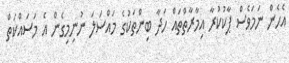
އެހެން ނަމަވެސް ޕާކުކުރާ އިމާރާތްތައް ހަދާ ބިންތަކުގެ މައްސަލަ ނުނިމިގެން އެ މަސައްކަތް